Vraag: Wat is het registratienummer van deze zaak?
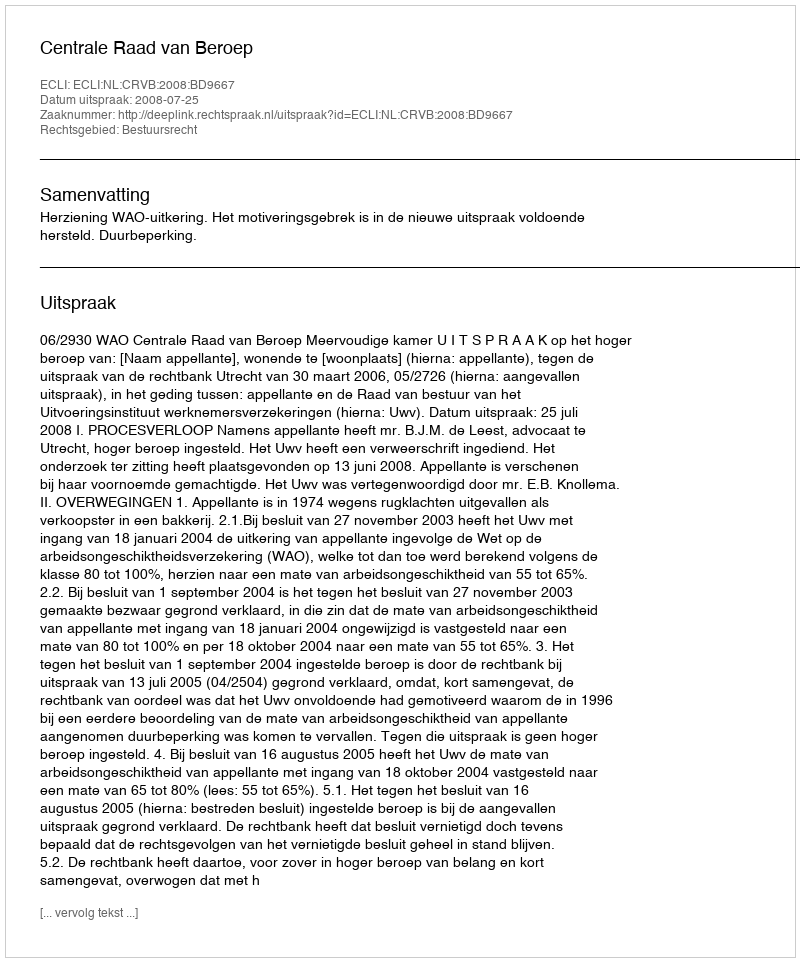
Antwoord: http://deeplink.rechtspraak.nl/uitspraak?id=ECLI:NL:CRVB:2008:BD9667